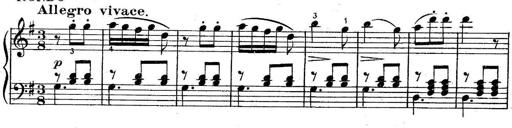
Title: 6 Easy Sonatinas
Composer: Carl Czerny